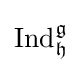
\operatorname {Ind} _{\mathfrak {h}}^{\mathfrak {g}}